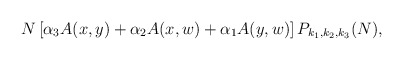
\begin{align*}N \left[ \alpha_3 A(x,y) + \alpha_2 A(x,w) + \alpha_1 A(y,w) \right] P_{k_1,k_2,k_3}(N),\end{align*}